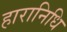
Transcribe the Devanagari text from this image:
हारानिधि